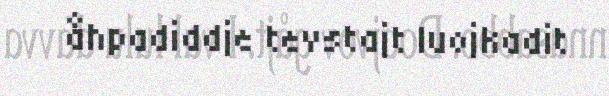
åhpadiddje tevstajt luojkadit